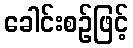
ခေါင်းစဉ်ဖြင့်